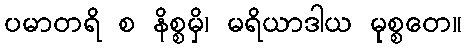
ပမာတရိ စ နိစ္စမှိ၊ မရိယာဒါယ မုစ္စတေ။